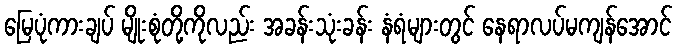
မြေပုံကားချပ် မျိုးစုံတို့ကိုလည်း အခန်းသုံးခန်း နံရံများတွင် နေရာလပ်မကျန်အောင်